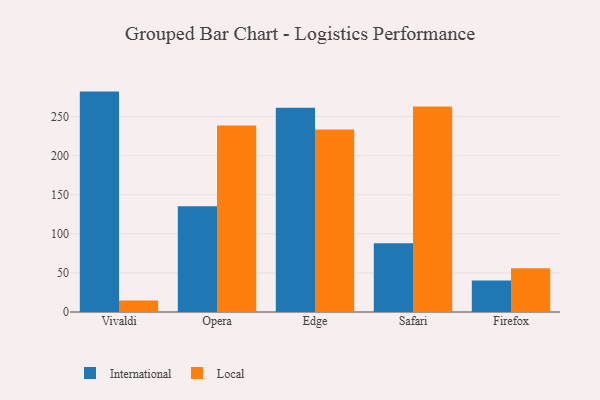
{"axis": {"x": "Browser", "y": "Market Share (%)"}, "legend": ["International", "Local"], "data": [{"x": "Vivaldi", "y": 281.9, "type": "International"}, {"x": "Vivaldi", "y": 14.8, "type": "Local"}, {"x": "Opera", "y": 135.4, "type": "International"}, {"x": "Opera", "y": 238.5, "type": "Local"}, {"x": "Edge", "y": 261.2, "type": "International"}, {"x": "Edge", "y": 233.3, "type": "Local"}, {"x": "Safari", "y": 87.9, "type": "International"}, {"x": "Safari", "y": 263.0, "type": "Local"}, {"x": "Firefox", "y": 40.4, "type": "International"}, {"x": "Firefox", "y": 56.0, "type": "Local"}]}